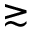
\gtrsim